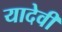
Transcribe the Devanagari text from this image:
यादेवी